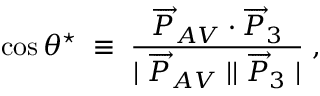
\cos \theta ^ { \star } \; \equiv \; \frac { \overrightarrow { P } _ { A V } \cdot \overrightarrow { P } _ { 3 } } { \mid \overrightarrow { P } _ { A V } \mid \mid \overrightarrow { P } _ { 3 } \mid } \; , \,